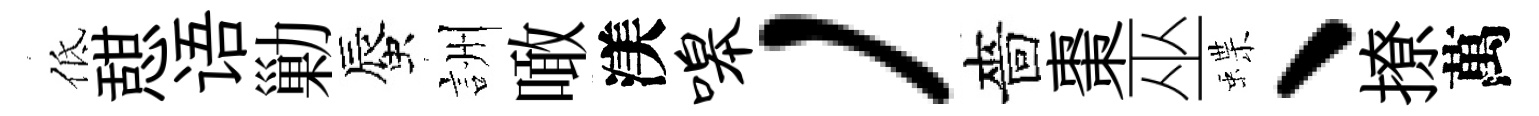
低憇语勦蜃詶噉渼嗥，嗇棗巫蝶、撩萬